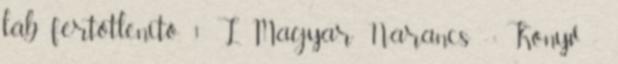
láb fertőtlenítő. 1 L. Magyar Narancs - Könyv -